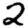
Digit: 2